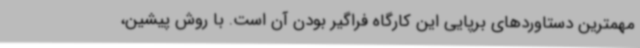
مهمترین دستاوردهای برپایی این کارگاه فراگیر بودن آن است. با روش پیشین،